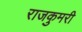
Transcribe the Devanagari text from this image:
राजकुमरी